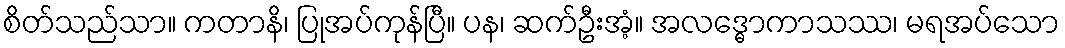
စိတ်သည်သာ။ ကတာနိ၊ ပြုအပ်ကုန်ပြီ။ ပန၊ ဆက်ဦးအံ့။ အလဒ္ဓောကာသဿ၊ မရအပ်သော